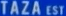
TAZA-EST